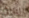
الثلاثي